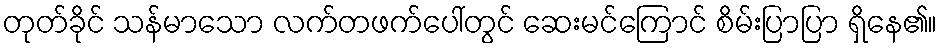
တုတ်ခိုင် သန်မာသော လက်တဖက်ပေါ်တွင် ဆေးမင်ကြောင် စိမ်းပြာပြာ ရှိနေ၏။